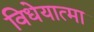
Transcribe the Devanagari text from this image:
विधेयात्मा